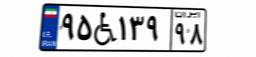
۹۵W۱۳۹۹۸